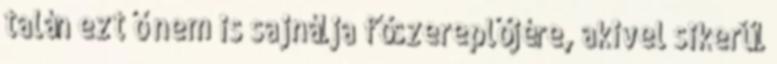
talán ezt ő nem is sajnálja főszereplőjére, akivel sikerül